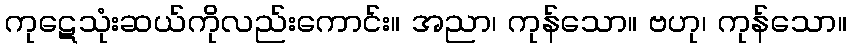
ကုဋေသုံးဆယ်ကိုလည်းကောင်း။ အညာ၊ ကုန်သော။ ဗဟု၊ ကုန်သော။